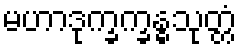
မဟာဒုက္ခက္ခန္ဓသုတ္တံ